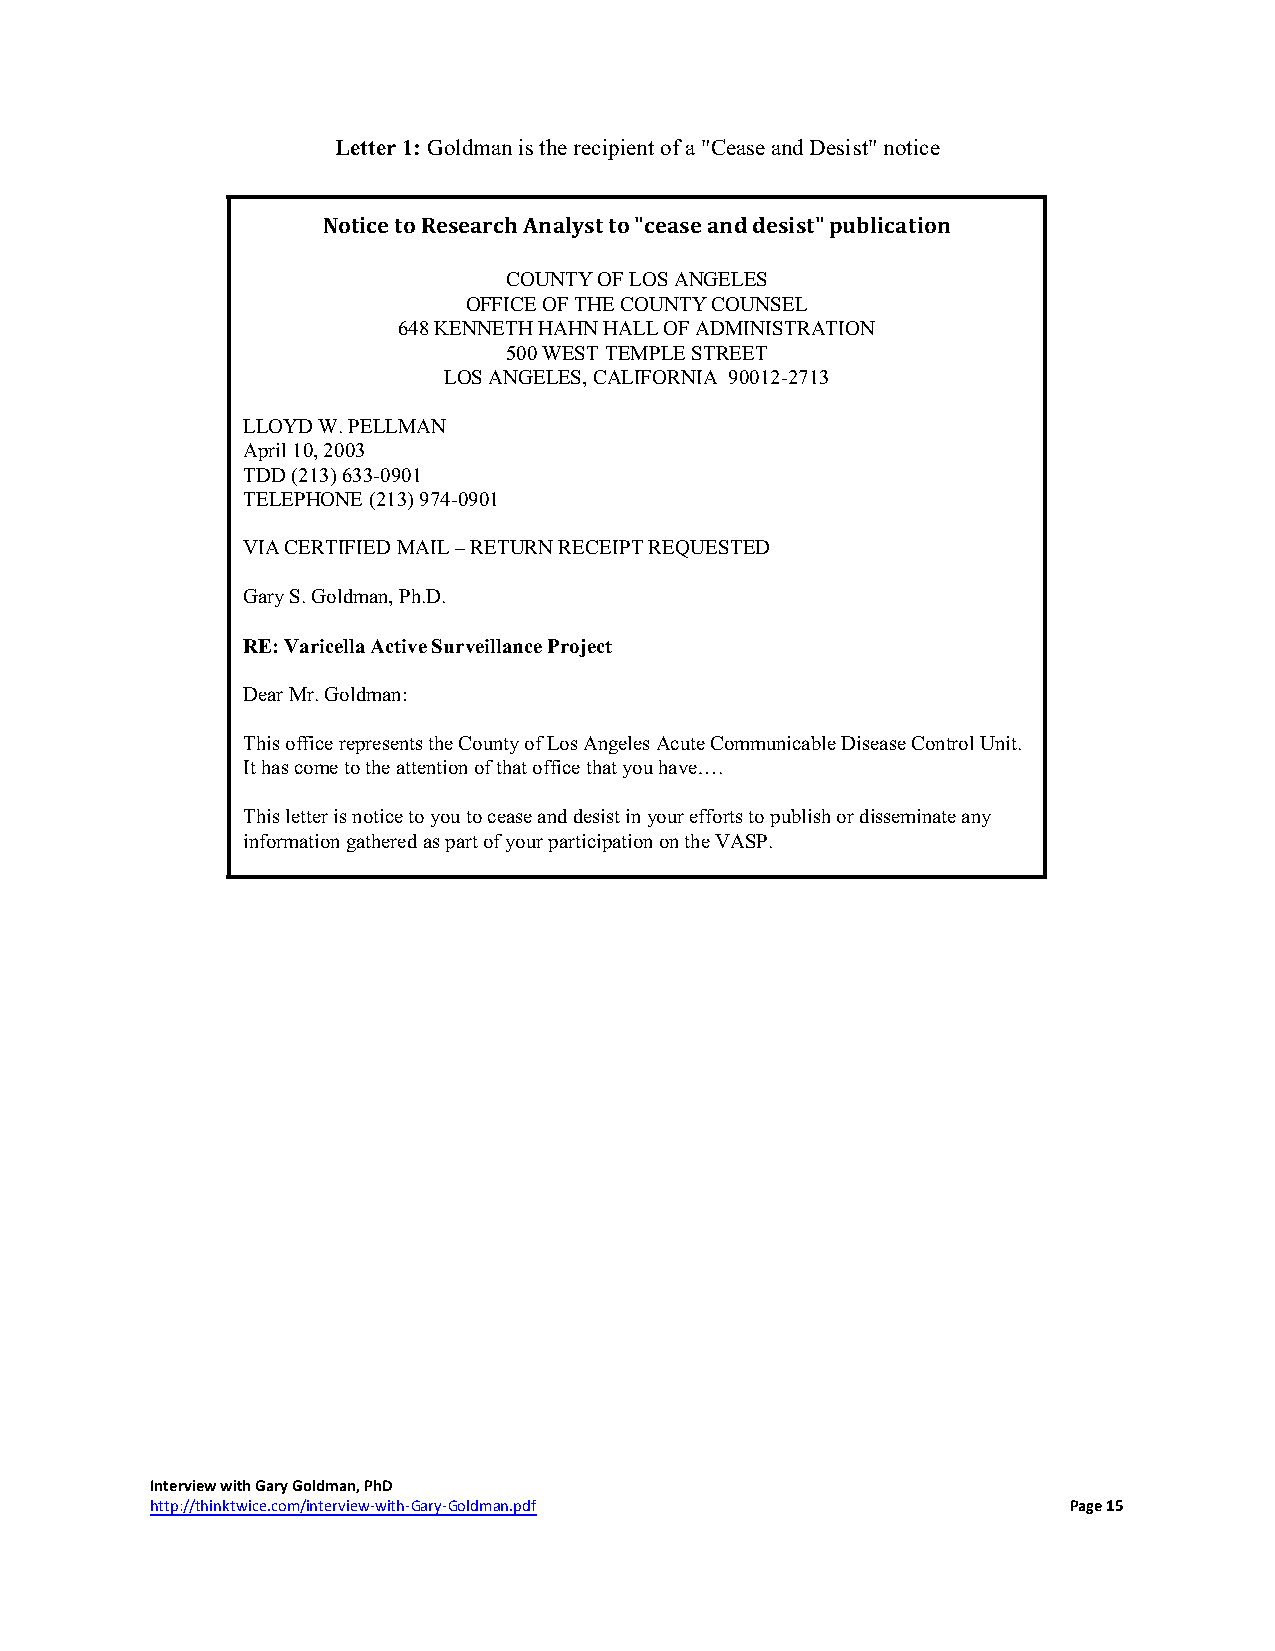
Letter 1: Goldman is the recipient of a "Cease and Desist" notice
 Notice to Research Analyst to "cease and desist" publication
 COUNTY OF LOS ANGELES
 OFFICE OF THE COUNTY COUNSEL
 648 KENNETH HAHN HALL OF ADMINISTRATION
 500 WEST TEMPLE STREET
 LOS ANGELES, CALIFORNIA 90012-2713
 LLOYD W. PELLMAN
 April 10, 2003
 TDD (213) 633-0901
 TELEPHONE (213) 974-0901
 VIA CERTIFIED MAIL – RETURN RECEIPT REQUESTED
 Gary S. Goldman, Ph.D.
 RE: Varicella Active Surveillance Project
 Dear Mr. Goldman:
 This office represents the County of Los Angeles Acute Communicable Disease Control Unit.
 It has come to the attention of that office that you have….
 This letter is notice to you to cease and desist in your efforts to publish or disseminate any
 information gathered as part of your participation on the VASP.
 Interview with Gary Goldman, PhD
 http://thinktwice.com/interview-with-Gary-Goldman.pdf        Page 15